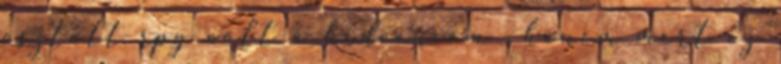
osztott rpg volt a kedvencem , hanem mert ez